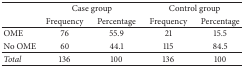
| <ROWSPAN=2>  | <COLSPAN=2> Case group | <COLSPAN=2> Control group |
 | Frequency | Percentage | Frequency | Percentage |
 | --- | --- | --- | --- | --- |
 | OME | 76 | 55.9 | 21 | 15.5 |
 | No OME | 60 | 44.1 | 115 | 84.5 |
 | Total | 136 | 100 | 136 | 100 |